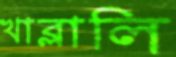
খাব্‌লালি